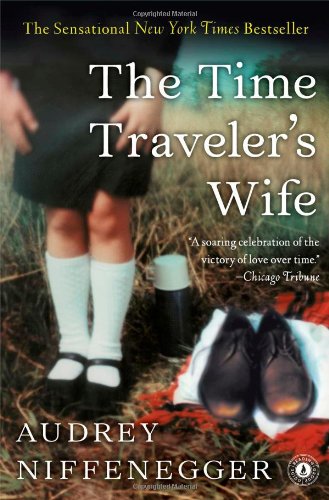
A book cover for The Time Traveler's Wife; Audrey Niffenegger; Science Fiction & Fantasy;